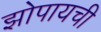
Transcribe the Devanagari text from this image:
झोपायची